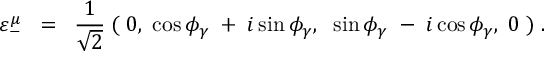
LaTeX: \varepsilon _ { - } ^ { \mu } \; \; = \; \; \frac { 1 } { \sqrt { 2 } } \; ( \; 0 , \; \cos \phi _ { \gamma } \; + \; i \sin \phi _ { \gamma } , \; \; \sin \phi _ { \gamma } \; - \; i \cos \phi _ { \gamma } , \; 0 \; ) \; .